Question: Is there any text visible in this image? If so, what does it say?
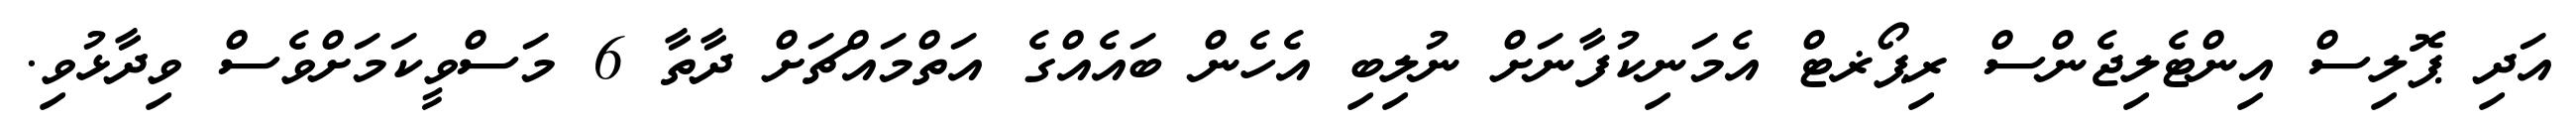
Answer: އަދި ޕޮލިސް އިންޓެލިޖެންސް ރިޕޯޜޓް އެމަނިކުފާނަށް ނުލިބި އެހެން ބައެއްގެ އަތްމައްޗަށް ދާތާ 6 މަސްވީކަމަށްވެސް ވިދާޅުވި.